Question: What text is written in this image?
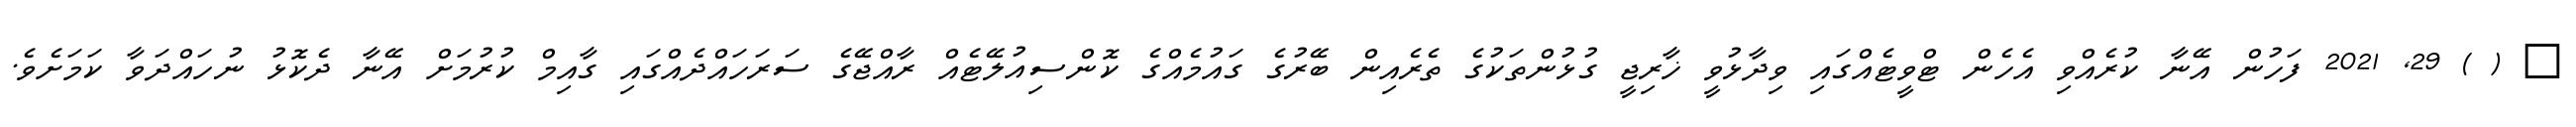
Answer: ? ( ) 29, 2021 ފަހުން އޭނާ ކުރެއްވި އެހެން ޓްވީޓެއްގައި ވިދާޅުވީ ޚާރިޖީ ގުޅުންތަކުގެ ތެރެއިން ބޭރުގެ ގައުމެއްގެ ކޮންސިއުލޭޓެއް ރާއްޖޭގެ ސަރަހައްދެއްގައި ގާއިމް ކުރުމަށް އޭނާ ދެކޮޅު ނުހައްދަވާ ކަމަށެވެ.